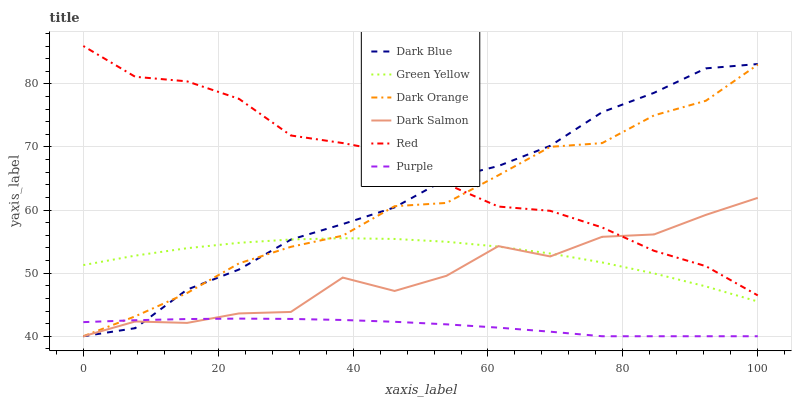
| xaxis_label | Dark Blue | Green Yellow | Dark Orange | Dark Salmon | Red | Purple |
 | --- | --- | --- | --- | --- | --- | --- |
 | 0 | 40 | 51.3 | 40 | 40 | 86 | 42.2 |
 | 7.69 | 41.3 | 52.8 | 43.2 | 42.3 | 81.1 | 42.5 |
 | 15.4 | 47.4 | 54 | 46.9 | 42.1 | 80.4 | 42.7 |
 | 23.1 | 50.6 | 54.8 | 51.5 | 43.6 | 77.6 | 42.8 |
 | 30.8 | 55.3 | 55.3 | 54.2 | 43.9 | 71.8 | 42.7 |
 | 38.5 | 57.8 | 55.5 | 55.9 | 49.3 | 70.6 | 42.6 |
 | 46.2 | 60.4 | 55.4 | 60.6 | 47.2 | 69.1 | 42.3 |
 | 53.8 | 64.9 | 55 | 61.1 | 49.6 | 64.1 | 41.9 |
 | 61.5 | 67 | 54.2 | 65.5 | 54.3 | 60.6 | 41.4 |
 | 69.2 | 70.2 | 53.1 | 70 | 52.6 | 59.9 | 40.7 |
 | 76.9 | 75.5 | 51.7 | 70.6 | 55.8 | 57.2 | 40 |
 | 84.6 | 78.6 | 50 | 75 | 56.1 | 53.5 | 40 |
 | 92.3 | 82.5 | 47.9 | 77.3 | 59.2 | 51.1 | 40 |
 | 100 | 83.1 | 45.5 | 83 | 61.9 | 46.5 | 40 |